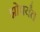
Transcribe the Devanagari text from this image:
झोपर्यंत